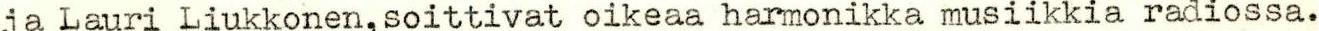
ja Lauri Liukkonen,soittivat oikeaa harmonikka musiikkia radiossa.